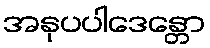
အနုပပါဒေန္တော